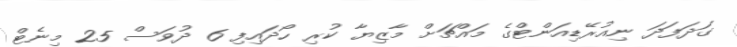
ގަދަފަދަ ނިއުރޭޑިއަންޓްގެ މައްޗަށް މާޒިޔާ ކުރި ހޯދައިފި 6 ދުވަސް 25 މިނެޓް